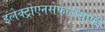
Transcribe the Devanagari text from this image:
इलेक्ट्रोएनसेफेलोग्राफी